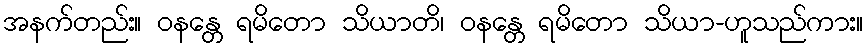
အနက်တည်း။ ဝနန္တေ ရမိတော သိယာတိ၊ ဝနန္တေ ရမိတော သိယာ-ဟူသည်ကား။